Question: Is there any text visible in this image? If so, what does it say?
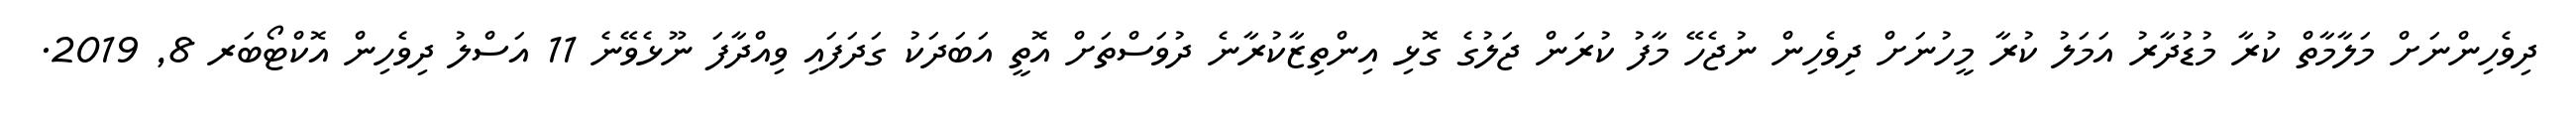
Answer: ދިވެހިންނަށް މަލާމާތް ކުރާ މުޑުދާރު އަމަލު ކުރާ މީހުނަށް ދިވެހިން ނުޖެހޭ މާފު ކުރަން ޖަލުގެ ގޮޅި އިންތިޒާކުރާނެ ދުވަސްތަށް އޮތީ އަބަދަކު ގަދަފައި ވިއްދާފަ ނޫޅެވޭނެ 11 އަސްލު ދިވެހިން އޮކްޓޯބަރ 8, 2019.